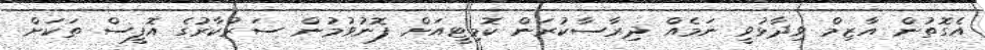
އެގޮތުން އާޒިމް ވިދާޅުވީ ނަމެއް ދިރާސާކުރަން ކޮމިޓީއަށް ފޮނުވުމުން ސަރުކާރުގެ އޮފީސް ތަކަށް